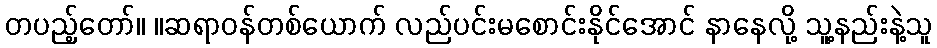
တပည့်တော်။ ။ဆရာဝန်တစ်ယောက် လည်ပင်းမစောင်းနိုင်အောင် နာနေလို့ သူ့နည်းနဲ့သူ